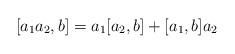
LaTeX: \begin{align*}[a_1 a_2, b] = a_1 [a_2, b] + [a_1, b] a_2\end{align*}